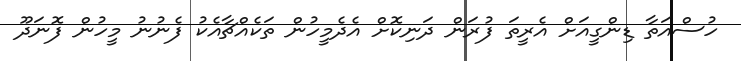
ހުސްއަތާ ޑިންގީއަށް އެރީތަ ފުރަން ދަނިކޮށް އެދެމީހުން ތަކެއްޗާއެކު ފެނުނު މީހުން ފޮނަދޫ